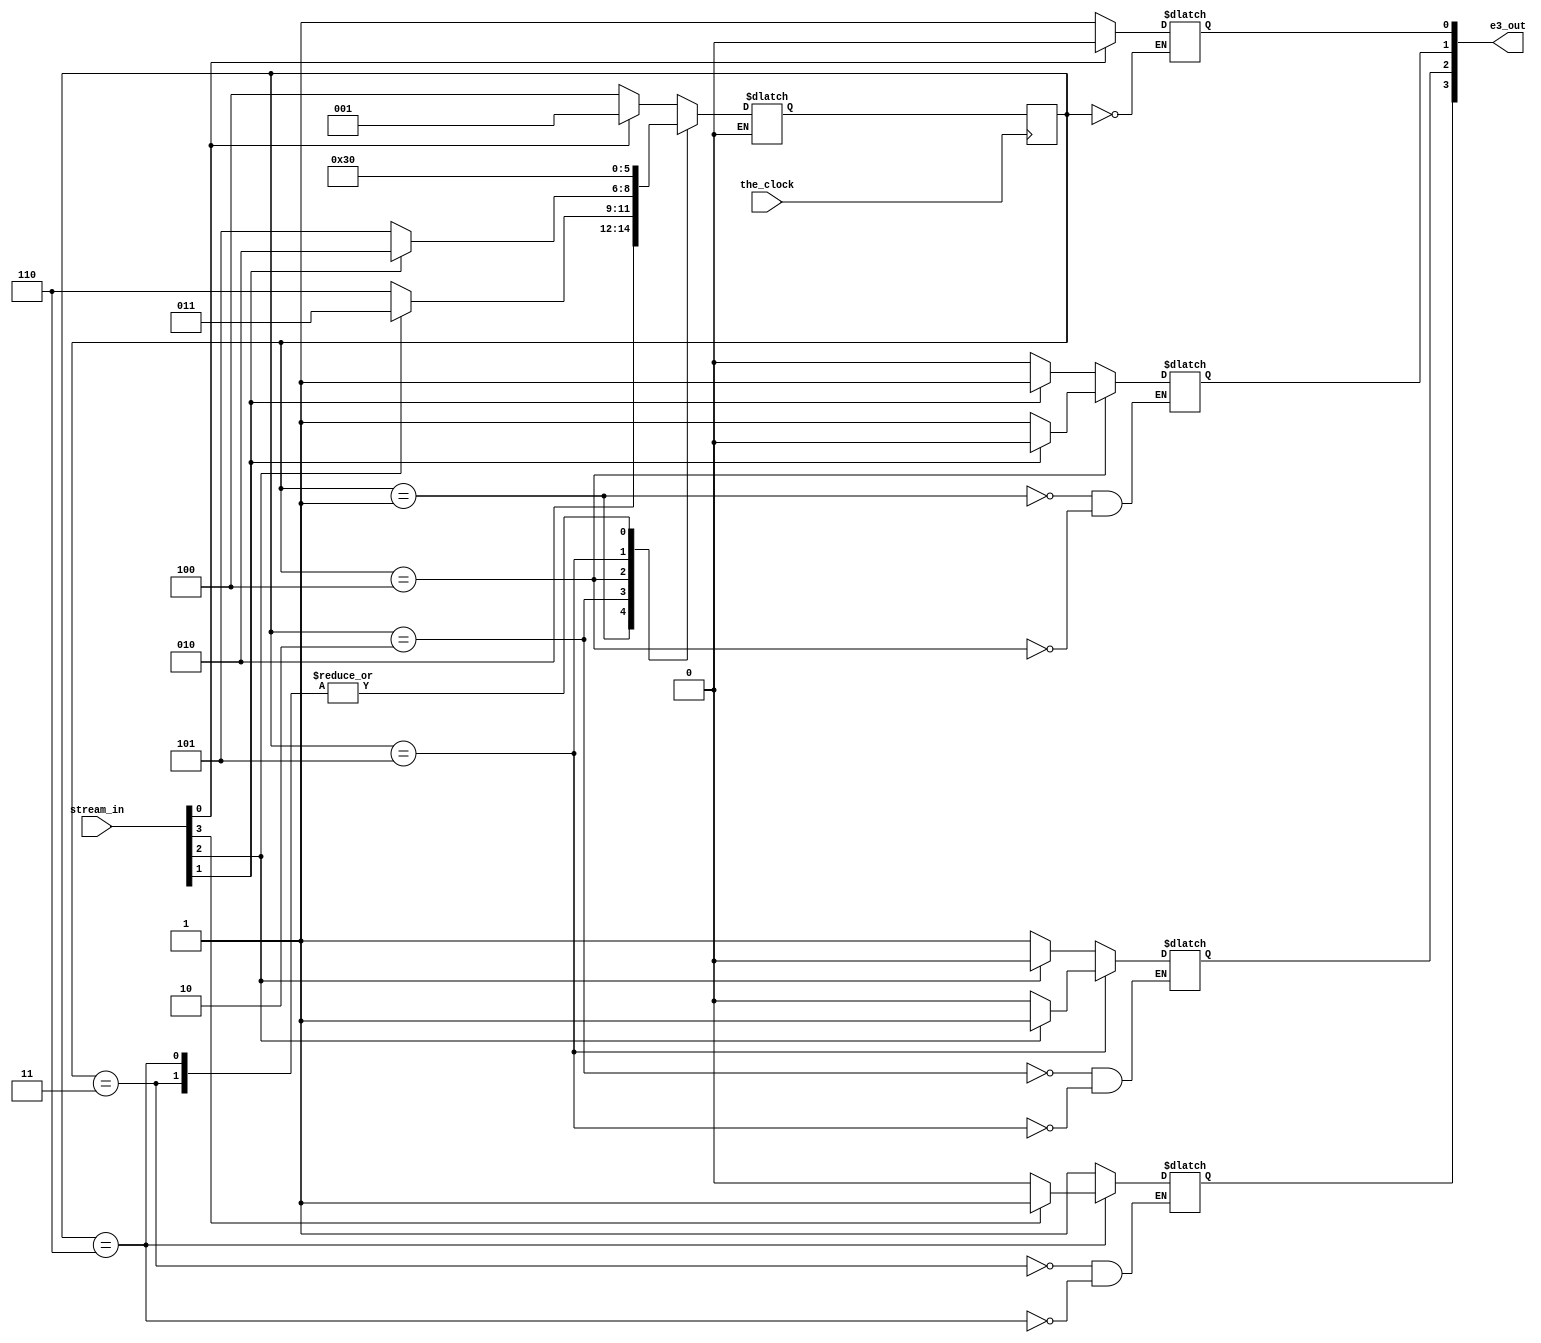
`timescale 1ns/1ns
module excess3(stream_in, e3_out, the_clock);
input [3:0] stream_in; 
input the_clock;
output [3:0] e3_out;
parameter [2:0] 
		START     = 3'b000,
		CARRY1    = 3'b001,
		CARRY2    = 3'b010,
		CARRY3    = 3'b011,
		NO_CARRY1 = 3'b100,
		NO_CARRY2 = 3'b101,
		NO_CARRY3 = 3'b110; 
reg [2:0] state, next_state;
initial state = 3'b000;
reg [3:0] e3_out;
always @(state or stream_in)

begin
	case(state)
  START :
				  
		      if (stream_in[0] == 0)
				 		begin
						next_state <= NO_CARRY1;
						e3_out[0] <= 1'b1;
		     		end
					else if (stream_in[0] == 1) 
		     		begin
						next_state <= CARRY1;
						e3_out[0] <= 1'b0;
		    		end 
	CARRY1	:
				
		   		if (stream_in[1] == 0)
   	      	begin
						next_state <= CARRY2;
						e3_out[1] <= 1'b0;
		     		end
		     	else if (stream_in[1] == 1)
		     		begin
						next_state <= CARRY2;
						e3_out[1] <= 1'b1;
		    		end 
				
	CARRY2		: 
						if (stream_in[2] == 0)
		     			begin
							next_state <= NO_CARRY3;
    					e3_out[2] <= 1'b1;
		     			end
		     		else if (stream_in[2] == 1)
          		begin 
							next_state <= CARRY3;
          		e3_out[2] <= 1'b0;
          		end
	CARRY3		: begin
							e3_out[3] <= 1'b1;
		    		  next_state <= START;
							end
  NO_CARRY1	: 
				 		if (stream_in[1] == 1)
		     			begin
							next_state <= CARRY2;
							e3_out[1] <= 1'b0;
		     			end
         		else if (stream_in[1] == 0)
		     			begin
              next_state <= NO_CARRY2;
							e3_out[1] <= 1'b1;
		     			end		    		
	NO_CARRY2 : 
		     		if (stream_in[2] == 0)
							begin
							next_state <= NO_CARRY3;
							e3_out[2] <= 1'b0;
	            end
		     		else if (stream_in[2] == 1)
							begin
							e3_out[2] <= 1'b1;
							next_state <= NO_CARRY3;
							end
 	NO_CARRY3 :
		  if (stream_in[3] == 0)
				begin
				e3_out[3] <= 1'b0;
		    next_state <= START;   
				end
		  else if (stream_in[3] == 1)
				begin 
				e3_out[3] <= 1'b1;
				next_state <= START;
				end
		    
	default   :
				  next_state <= 3'bxxx;
	endcase
end
always @(posedge the_clock)
	state <= next_state;
endmodule